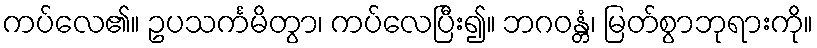
ကပ်လေ၏။ ဥပသင်္ကမိတွာ၊ ကပ်လေပြီး၍။ ဘဂဝန္တံ၊ မြတ်စွာဘုရားကို။